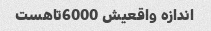
اندازه واقعیش 6000تاهست